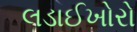
લડાઈખોરો